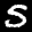
Label: 5